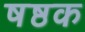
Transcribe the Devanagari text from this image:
षष्ठक